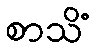
စာသိံ